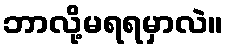
ဘာလို့မရရမှာလဲ။